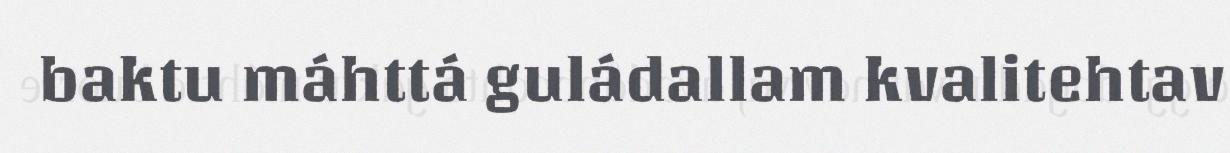
baktu máhttá guládallam kvalitehtav